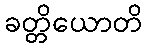
ခတ္တိယောတိ